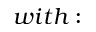
w i t h :